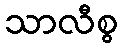
သာလီစွ